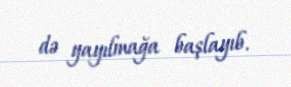
də yayılmağa başlayıb.